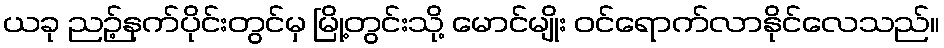
ယခု ညဉ့်နက်ပိုင်းတွင်မှ မြို့တွင်းသို့ မောင်မျိုး ဝင်ရောက်လာနိုင်လေသည်။